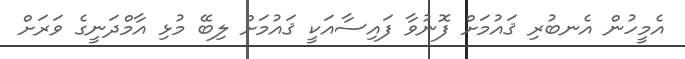
އެމީހުން އެނބުރި ޤައުމަށް ފޮނުވާ ފައިސާއަކީ ޤައުމަށް ލިބޭ މުޅި އާމްދަނީގެ ވަރަށް